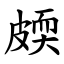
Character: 㿵